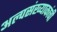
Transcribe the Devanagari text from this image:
अल्पसंख्याकांची